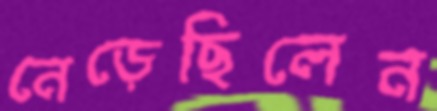
নেড়েছিলেন